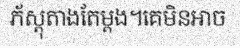
ភ័ស្តុតាងតែម្តង។គេមិនអាច